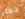
تجار